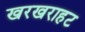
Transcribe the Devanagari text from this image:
खरखराहट